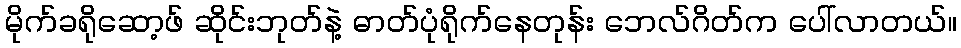
မိုက်ခရိုဆော့ဖ် ဆိုင်းဘုတ်နဲ့ ဓာတ်ပုံရိုက်နေတုန်း ဘေလ်ဂိတ်က ပေါ်လာတယ်။